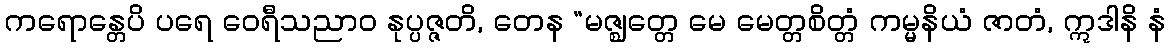
ကရောန္တေပိ ပရေ ဝေရီသညာဝ နုပ္ပဇ္ဇတိ, တေန “မဇ္ဈတ္တေ မေ မေတ္တစိတ္တံ ကမ္မနိယံ ဇာတံ, ဣဒါနိ နံ